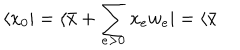
\langle x _ { 0 } | = \langle \bar { x } + \sum _ { e > 0 } x _ { e } w _ { e } | = \langle \bar { x }